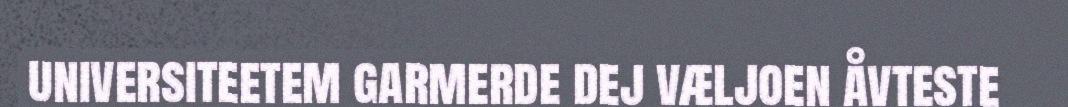
universiteetem garmerde dej væljoen åvteste